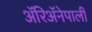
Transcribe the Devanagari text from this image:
ॲरिॲनेपाली